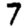
Digit: 7